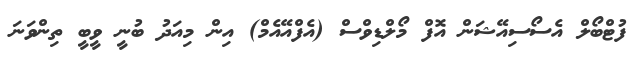
ފުޓްބޯލް އެސޯސިއޭޝަން އޮފް މޯލްޑިވްސް (އެފްއޭއެމް) އިން މިއަދު ބުނީ ވީބީ ތިންވަނަ